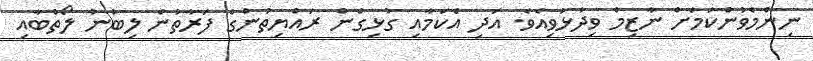
ނިންމެވުންކަމަށް ނާޒިމް ވިދާޅުވިއެވެ. އަދި އެކަމާއި ގުޅިގެން ރައްޔިތުންގެ ފަރާތުން ލިބުނު ލޯތްބާއި